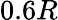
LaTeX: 0.6R